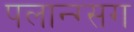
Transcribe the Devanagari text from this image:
पलान्ग्सग